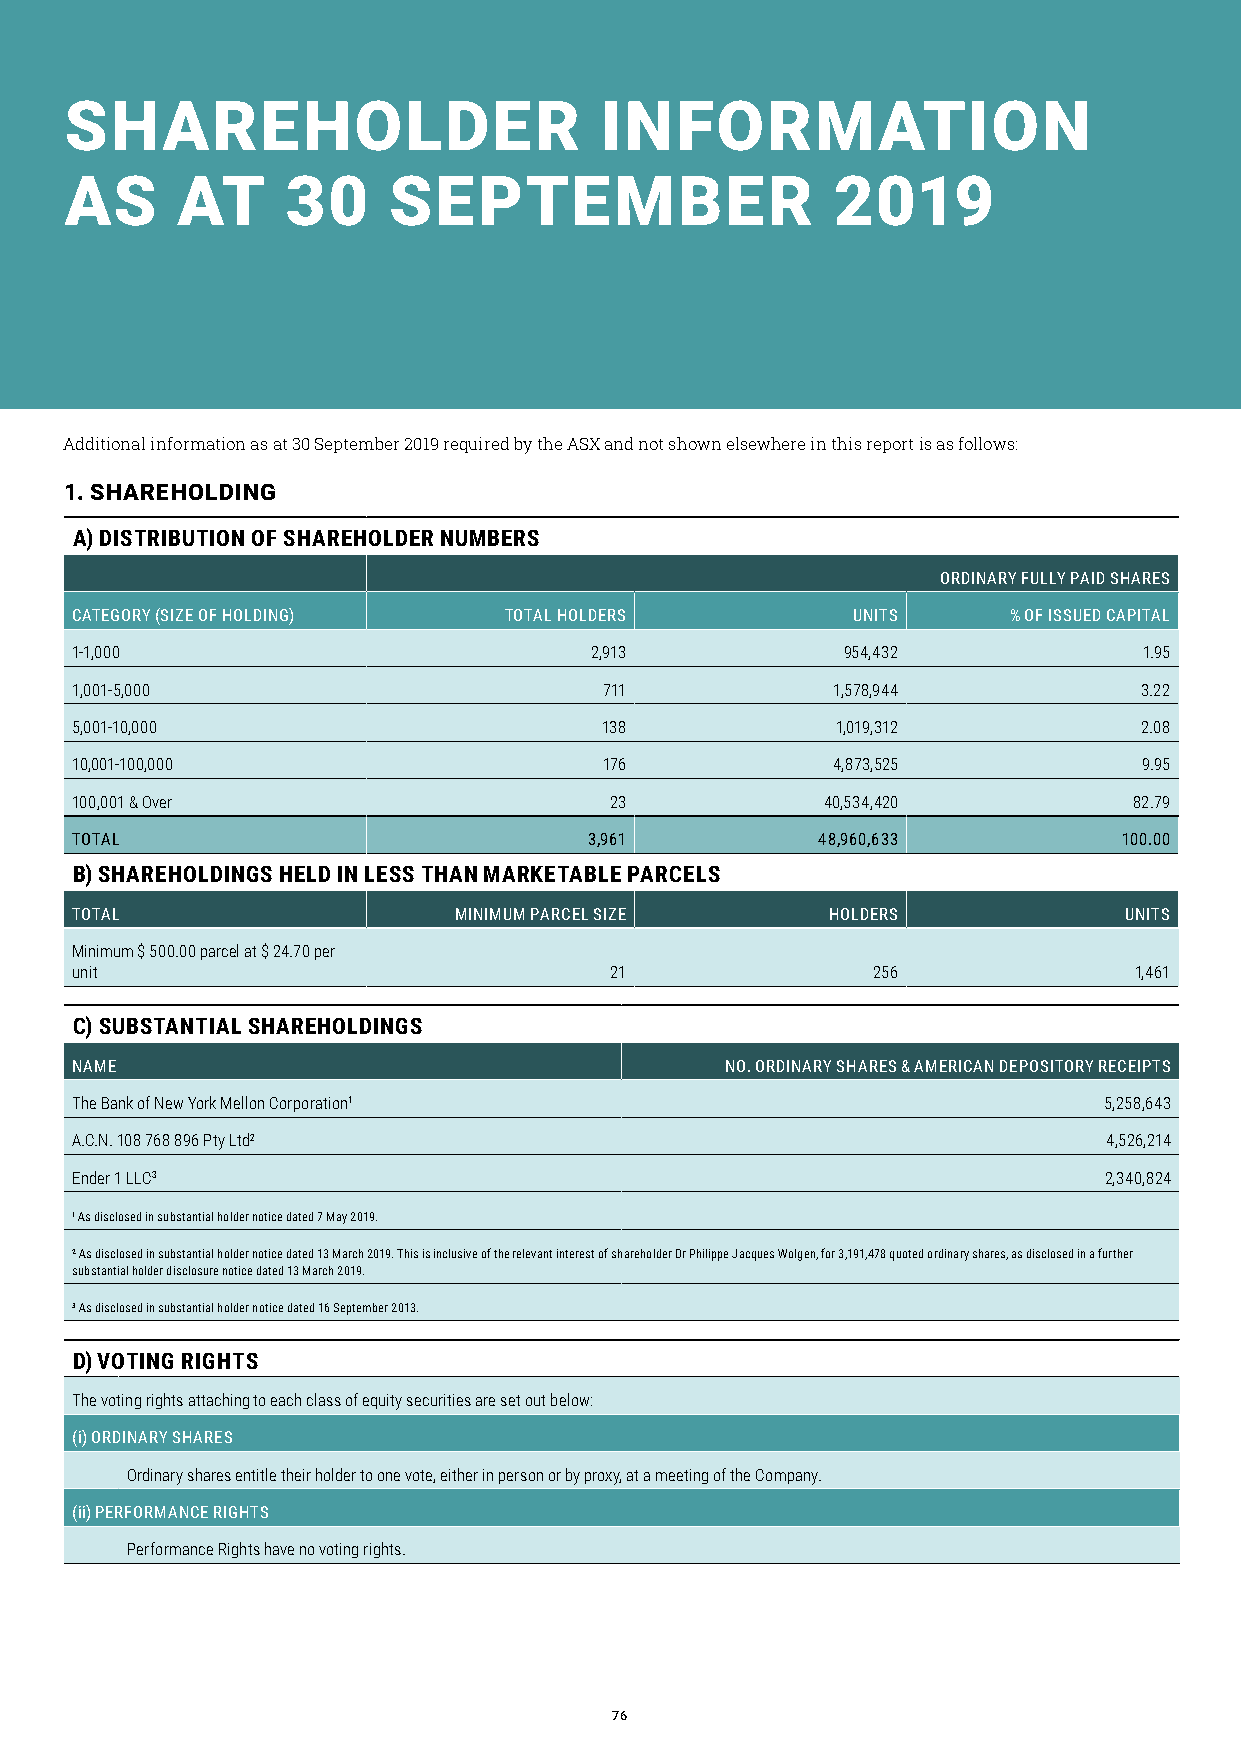
SHAREHOLDER                         INFORMATION
 AS      AT     30     SEPTEMBER                    2019
 Additional information as at 30 September 2019 required by the ASX and not shown elsewhere in this report is as follows:
 1. SHAREHOLDING
 A) DISTRIBUTION OF SHAREHOLDER NUMBERS
 ORDINARY FULLY PAID SHARES
 CATEGORY (SIZE OF HOLDING)  TOTAL HOLDERS          UNITS      % OF ISSUED CAPITAL
 1-1,000                           2,913            954,432             1.95
 1,001-5,000                        711            1,578,944            3.22
 5,001-10,000                       138            1,019,312            2.08
 10,001-100,000                     176            4,873,525            9.95
 100,001 & Over                     23            40,534,420           82.79
 TOTAL                             3,961          48,960,633          100.00
 B) SHAREHOLDINGS HELD IN LESS THAN MARKETABLE PARCELS
 TOTAL                    MINIMUM PARCEL SIZE      HOLDERS            UNITS
 Minimum $ 500.00 parcel at $ 24.70 per
 unit                               21                256              1,461
 C) SUBSTANTIAL SHAREHOLDINGS
 NAME                                       NO. ORDINARY SHARES & AMERICAN DEPOSITORY RECEIPTS
 The Bank of New York Mellon Corporation1                            5,258,643
 A.C.N. 108 768 896 Pty Ltd2                                         4,526,214
 Ender 1 LLC3                                                        2,340,824
 1 As disclosed in substantial holder notice dated 7 May 2019.
 ² As disclosed in substantial holder notice dated 13 March 2019. This is inclusive of the relevant interest of shareholder Dr Philippe Jacques Wolgen, for 3,191,478 quoted ordinary shares, as disclosed in a further
 substantial holder disclosure notice dated 13 March 2019.
 ³ As disclosed in substantial holder notice dated 16 September 2013.
 D) VOTING RIGHTS
 The voting rights attaching to each class of equity securities are set out below:
 (i) ORDINARY SHARES
 Ordinary shares entitle their holder to one vote, either in person or by proxy, at a meeting of the Company.
 (ii) PERFORMANCE RIGHTS
 Performance Rights have no voting rights.
 76